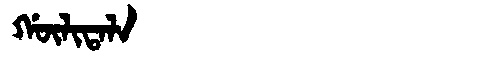
Manchu: ᡤᡡᠯᡳᡨᠠᠯᠠ
Romanization: GŪLITALA